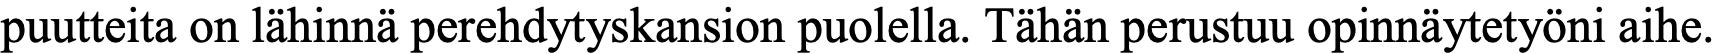
puutteita on lähinnä perehdytyskansion puolella. Tähän perustuu opinnäytetyöni aihe.